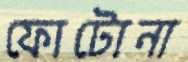
ফোটোনা